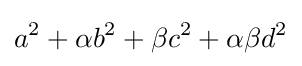
a^{2}+\alpha b^{2}+\beta c^{2}+\alpha \beta d^{2}